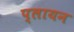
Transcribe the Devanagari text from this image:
प्लायन